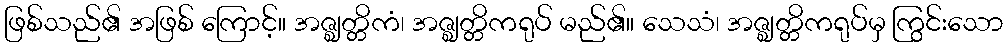
ဖြစ်သည်၏ အဖြစ် ကြောင့်။ အဇ္ဈတ္တိကံ၊ အဇ္ဈတ္တိကရုပ် မည်၏။ သေသံ၊ အဇ္ဈတ္တိကရုပ်မှ ကြွင်းသော